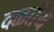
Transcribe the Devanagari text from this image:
दळतंय